Indian journal of veterinary science and animal husbandry - Volume 3,
Year: 1933
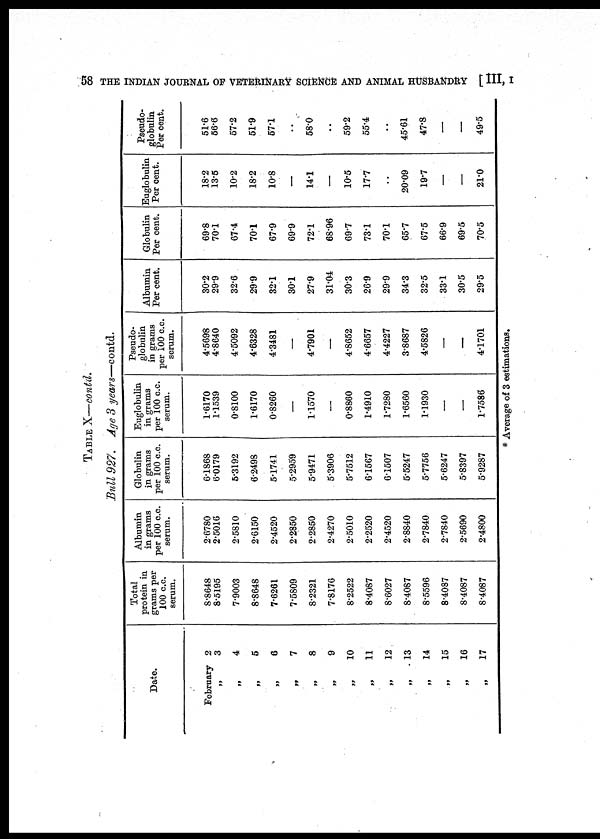
58 THE INDIAN JOURNAL OF VETERINARY SCIENCE AND ANIMAL HUSBANDRY [ III, I
TABLE X—contd.
Bull 927. Age 3 years—contd.
Date.
February 2
„ 3
„ 4
„ 5
„ 6
„
7
„ 8
„ 9
„ 10
„ 11
„ 12
„ 13
„ 14
„
15
„ 16
„ 17
Total
protein in
grams per
100 c.c.
serum.
8.8648
8.5195
7.9003
8.8648
7.6261
7.5809
8.2321
7.8176
8.2522
8.4087
8.6027
8.4087
8.5596
8.4087
8.4087
8.4087
Albumin
in grams
per 100 c.c.
serum.
2.6780
2.5016
2.5810
2.6150
2.4520
2.2850
2.2850
2.4270
2.5010
2.2520
2.4520
2.8840
2.7840
2.7840
2.5690
2.4800
Globulin
in grams
per 100 c.c.
serum.
6.1868
6.0179
5.3192
6.2498
5.1741
5.2959
5.9471
5.3906
5.7512
6.1567
6.1507
5.5247
5.7756
5.6247
5.8397
5.9287
Euglobulin
in grams
per 100 c.c.
serum.
1.6170
1.1539
0.8100
1.6170
0.8260
—
1.1570
—
0.8860
1.4910
1.7280
1.6560
1.1930
—
—
1,7586
Pseudo¬
globulin
in grams
per 100 c.c.
serum.
4.5698
4.8640
4.5092
4.6328
4.3481
—
4.7901
—
4.8652
4.6657
4.4227
3.8687
4.5826
—
—
4.1701
Albumin
Per cent.
30.2
29.9
32.6
29.9
32.1
30.1
27.9
31.04
30.3
26.9
29.9
34.3
32.5
33.1
30.5
29.5
Globulin
Per cent.
69.8
70.1
67.4
70.1
67.9
69.9
72.1
68.96
69.7
73.1
70.1
65.7
67.5
66.9
69.5
70.5
Euglobulin
Per cent.
18.2
13.5
10.2
18.2
10.8
—
14.1
—
10.5
17.7
..
20.09
19.7
—
—
21.0
Pseudo¬
globulin
Per cent.
51.6
56.6
57.2
51.9
57.1
..
58.0
..
59.2
55.4
..
45.61
47.8
—
—
49.5
* Average of 3 estimations.